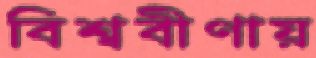
বিশ্ববীণায়